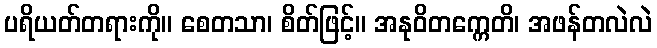
ပရိယတ်တရားကို။ စေတသာ၊ စိတ်ဖြင့်။ အနုဝိတက္ကေတိ၊ အဖန်တလဲလဲ